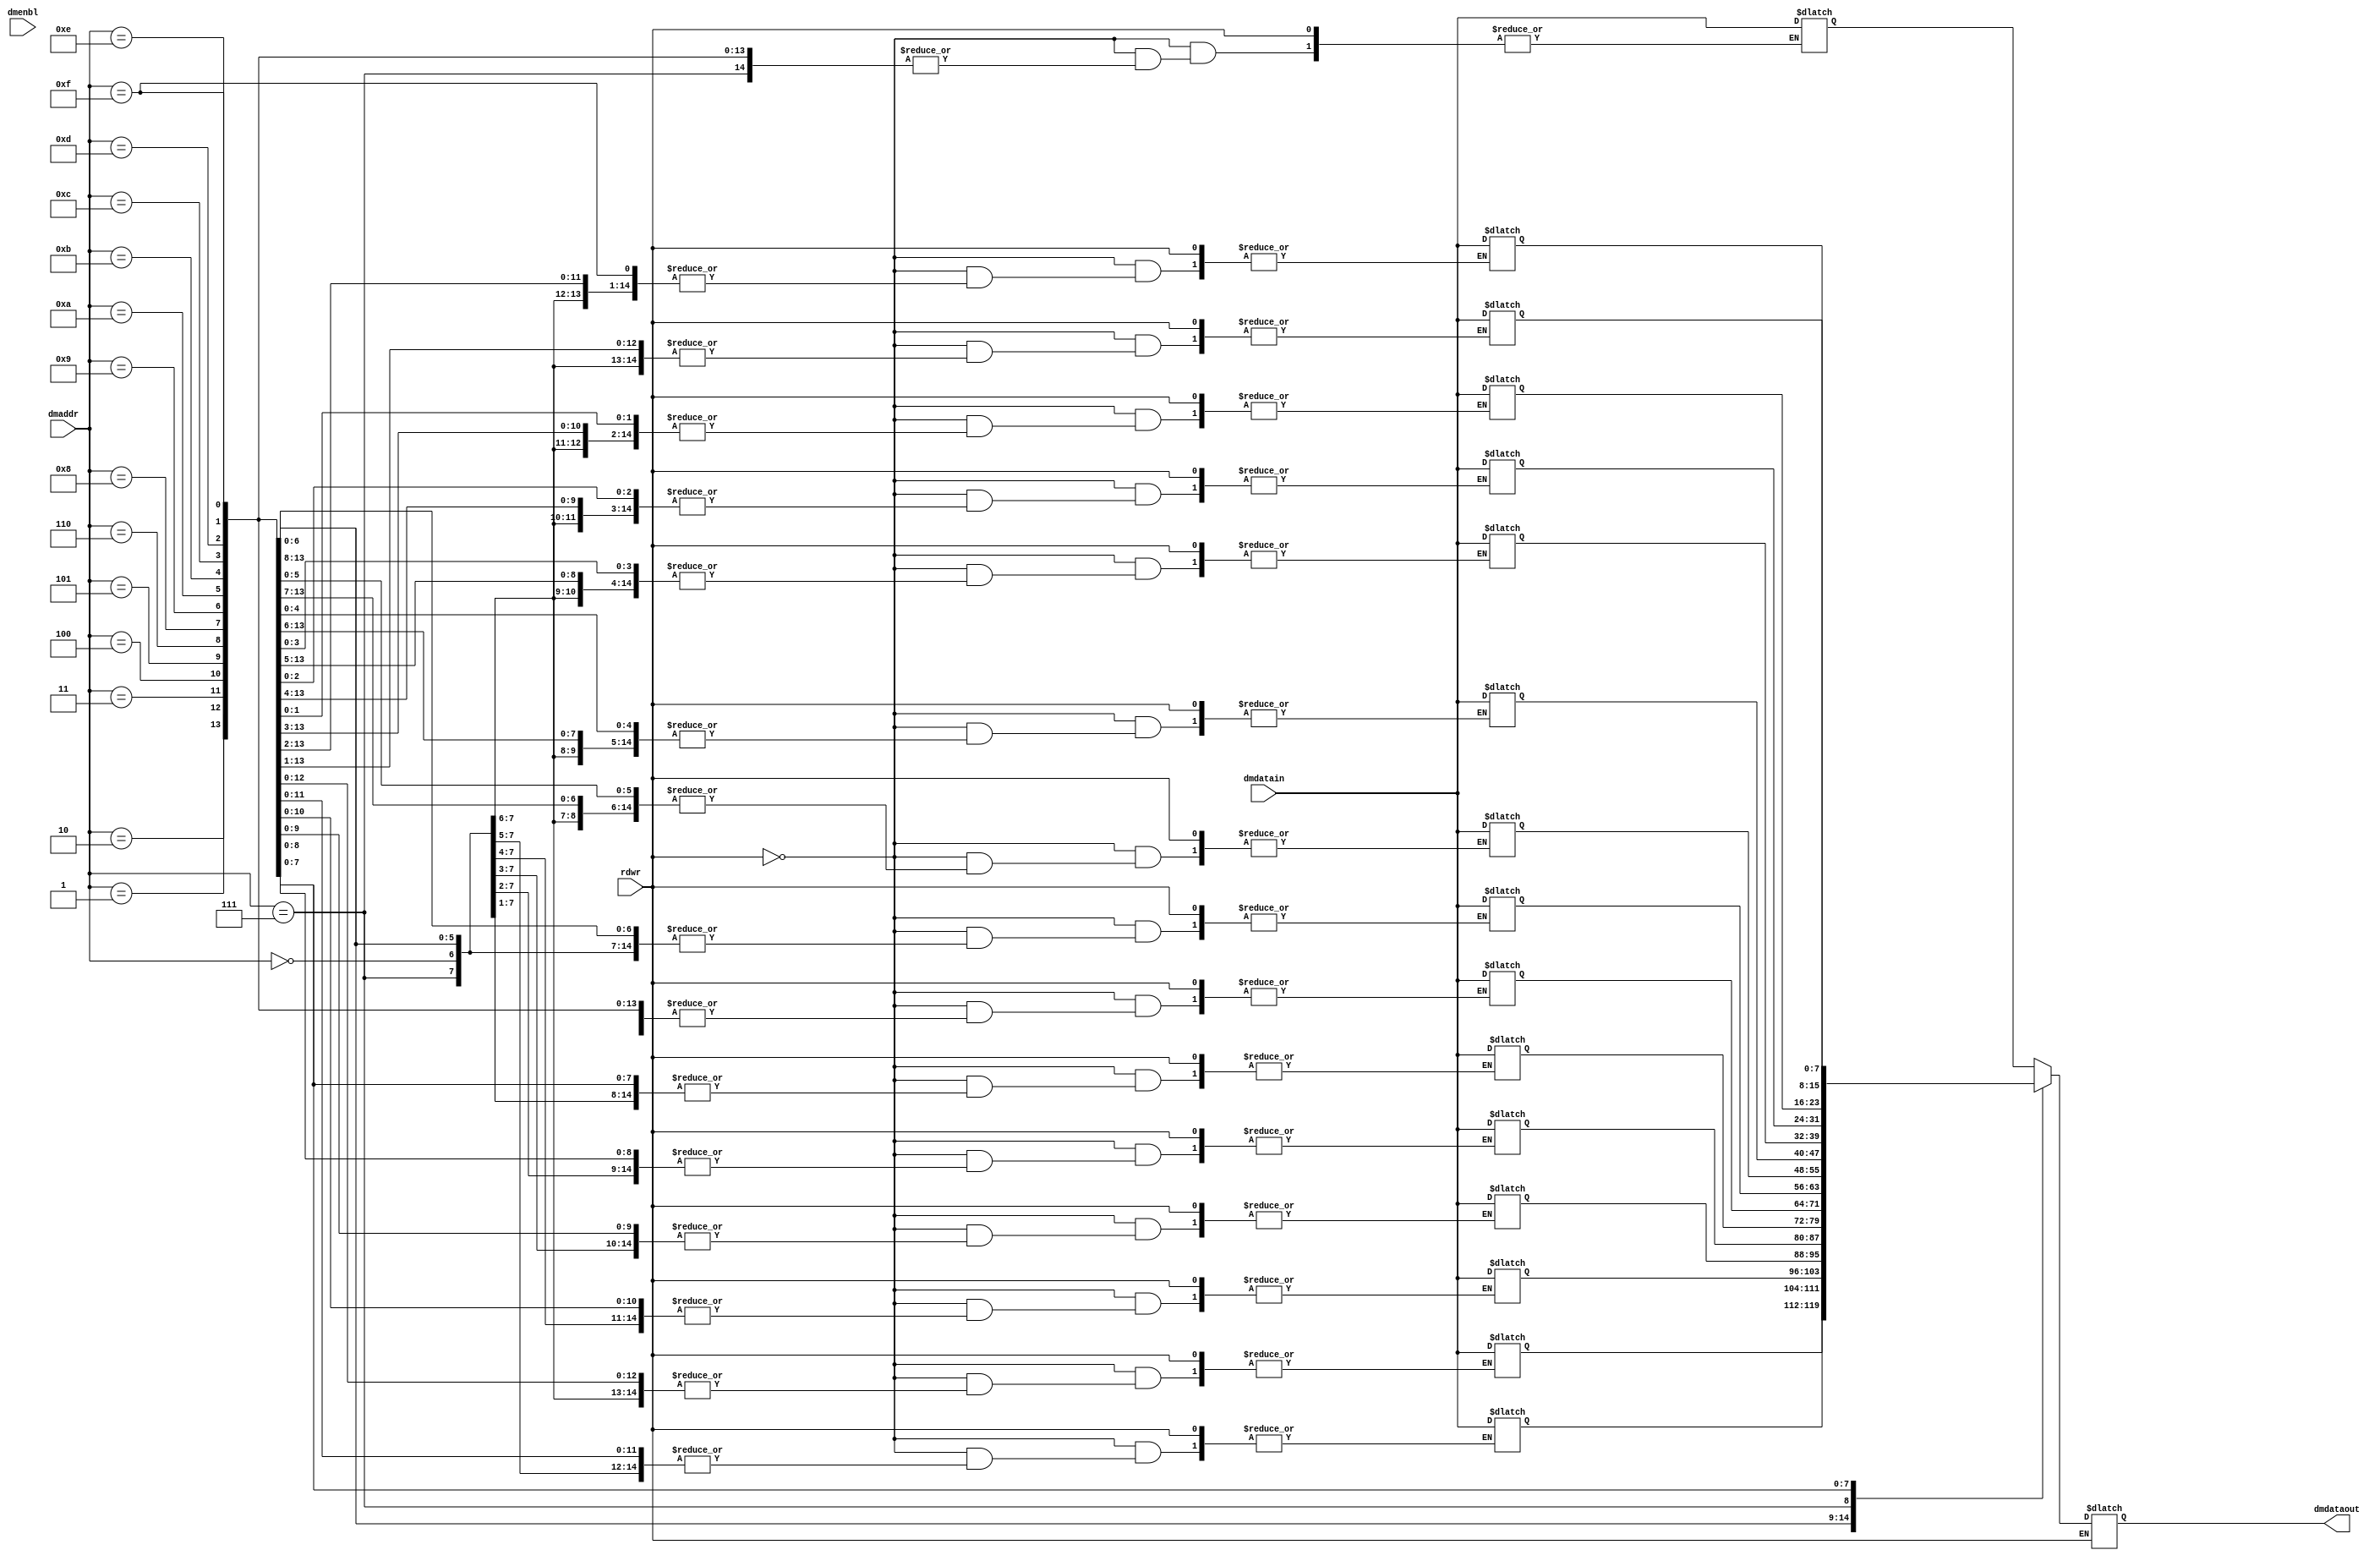
//behavioral data memory
module risc_dmemory (dmenbl, dmaddr, dmdatain, dmdataout, rdwr);
input [3:0] dmaddr;
input [7:0] dmdatain;
input dmenbl, rdwr;
output [7:0] dmdataout;
wire [3:0] dmaddr;
wire [7:0] dmdatain;
wire dmenbl, rdwr;
reg [7:0] dmdataout;
//define memory size: # of bits per reg; # of regs
//8 bits per reg; 16 regs
reg [7:0] dmemory [0:15];
//define memory contents
initial
begin
dmemory [00] = 8'h00;
dmemory [01] = 8'h22;
dmemory [02] = 8'h44;
dmemory [03] = 8'h66;
dmemory [04] = 8'h88;
dmemory [05] = 8'haa;
dmemory [06] = 8'hcc;
dmemory [07] = 8'hff;
dmemory [08] = 8'h00;
dmemory [09] = 8'h00;
dmemory [10] = 8'h00;
dmemory [11] = 8'h00;
dmemory [12] = 8'h00;
dmemory [13] = 8'h00;
dmemory [14] = 8'h00;
dmemory [15] = 8'h00;
end
always @ (dmenbl or dmaddr or dmdatain or rdwr)
begin
if (rdwr) //if true, read op (ld regfile)
dmdataout = dmemory [dmaddr];
else //if false, write op (st regfile)
dmemory [dmaddr] = dmdatain;
end
endmodule